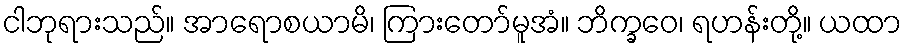
ငါဘုရားသည်။ အာရောစယာမိ၊ ကြားတော်မူအံ။ ဘိက္ခဝေ၊ ရဟန်းတို့။ ယထာ